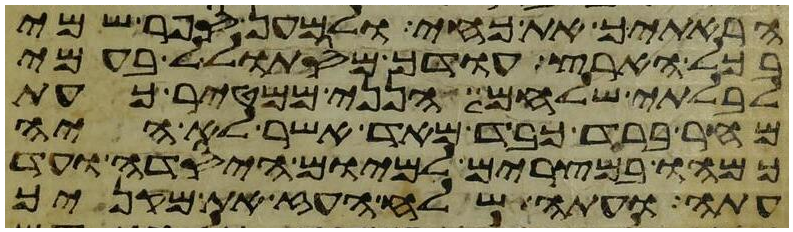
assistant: הראתיך את כחי ולמען ספר שמי
בכל הארץ עודך מסתולל בעמי
לבלתי שלחם הנני ממטיר כעת
מחר ברד כבד מאד אשר לא היה
כמהו במצרים למיום היסדה ועד
עתה ועתה שלח העז את מקניך